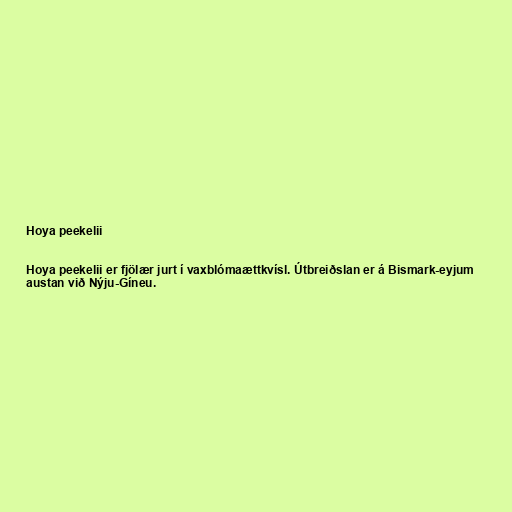
Hoya peekelii

Hoya peekelii er fjölær jurt í vaxblómaættkvísl. Útbreiðslan er á Bismark-eyjum
austan við Nýju-Gíneu.